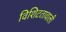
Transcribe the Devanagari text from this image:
विशिटतावाली